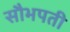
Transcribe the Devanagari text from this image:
सौभपती